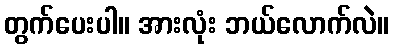
တွက်ပေးပါ။ အားလုံး ဘယ်လောက်လဲ။